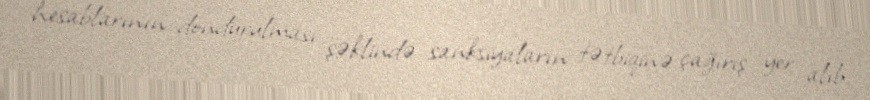
hesablarının dondurulması şəklində sanksiyaların tətbiqinə çağırış yer alıb.